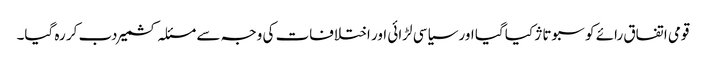
قومی اتفاق رائے کو سبوتاژ کیا گیا اور سیاسی لڑائی اور اختلافات کی وجہ سے مسئلہ کشمیر دب کر رہ گیا۔